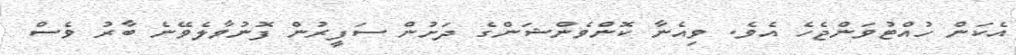
އެކަން ހުއްޓުވަންޖެހެ އެވެ. ވިއެނާ ކޮންވެންޝަންގެ ދަށުން ސަފީރުން ފޮނުވާލެވޭނެ ބާރު ވެސް